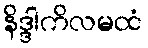
နိဒ္ဒါကိလမထံ